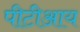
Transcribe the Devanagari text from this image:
पीटीआय